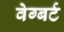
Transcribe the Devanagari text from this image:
वेग्बर्ट